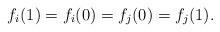
LaTeX: \begin{align*}f_i(1)=f_i(0)=f_j(0)=f_j(1).\end{align*}